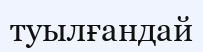
туылғандай